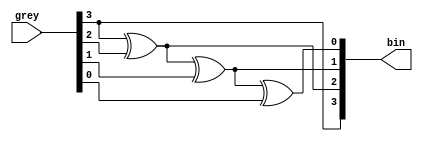
`timescale 1ns / 1ps
//////////////////////////////////////////////////////////////////////////////////
// Company: 
// Engineer: 
// 
// Design Name: 
// Module Name: greytobin
// Project Name: 
// Target Devices: 
// Tool Versions: 
// Description: 
// 
// Dependencies: 
// 
// Revision:
// Revision 0.01 - File Created
// Additional Comments:
// 
//////////////////////////////////////////////////////////////////////////////////


module greytobin(
    grey, bin
    );
    input [3:0] grey;
    output [3:0] bin;
    assign bin[3] = grey[3];
    genvar i;
    for(i = 2; i>=0; i=i-1)
        xor(bin[i], bin[i+1], grey[i]);
endmodule